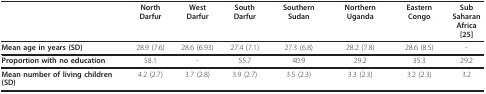
<table><thead><tr><td></td><td><b>North Darfur</b></td><td><b>West Darfur</b></td><td><b>South Darfur</b></td><td><b>Southern Sudan</b></td><td><b>Northern Uganda</b></td><td><b>Eastern Congo</b></td><td><b>SubSaharanAfrica [25]</b></td></tr></thead><tbody><tr><td><b>Mean age in years (SD)</b></td><td>28.9 (7.6)</td><td>28.6 (6.93)</td><td>27.4 (7.1)</td><td>27.3 (6.8)</td><td>28.2 (7.8)</td><td>28.6 (8.5)</td><td>-</td></tr><tr><td><b>Proportion with no education</b></td><td>58.1</td><td>-</td><td>55.7</td><td>40.9</td><td>29.2</td><td>35.3</td><td>29.2</td></tr><tr><td><b>Mean number of living children (SD)</b></td><td>4.2 (2.7)</td><td>3.7 (2.8)</td><td>3.9 (2.7)</td><td>3.5 (2.3)</td><td>3.3 (2.3)</td><td>3.2 (2.3)</td><td>3.2</td></tr></tbody></table>